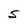
Character: 5